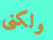
ولكنى